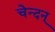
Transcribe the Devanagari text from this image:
चेन्दन्